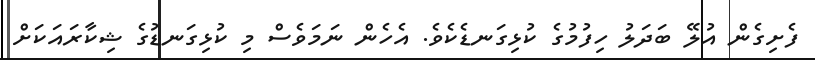
ފެށިގެން އުލޭ ބަދަލު ހިފުމުގެ ކުޅިގަނޑެކެވެ. އެހެން ނަމަވެސް މި ކުޅިގަނޑުގެ ޝިކާރައަކަށް